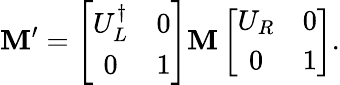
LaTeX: \mathbf{M}^{\prime}=\left[\begin{array}{cc}{{U_{L}^{\dagger}}}&{{0}}\\ {{0}}&{{1}}\end{array}\right]\mathbf{M}\left[\begin{array}{cc}{{U_{R}}}&{{0}}\\ {{0}}&{{1}}\end{array}\right].